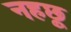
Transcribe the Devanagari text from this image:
नहछू